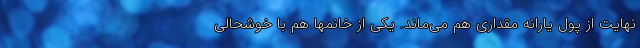
نهایت از پول یارانه مقداری هم می‌ماند. یکی از خانمها هم با خوشحالی